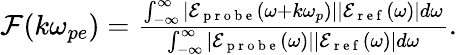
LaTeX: \begin{array}{r}{\mathcal{F}(k\omega_{pe})=\frac{\int_{-\infty}^{\infty}|\mathcal{E}_{\mathrm{~p~r~o~b~e~}}(\omega+k\omega_{p})||\mathcal{E}_{\mathrm{~r~e~f~}}(\omega)|d\omega}{\int_{-\infty}^{\infty}|\mathcal{E}_{\mathrm{~p~r~o~b~e~}}(\omega)||\mathcal{E}_{\mathrm{~r~e~f~}}(\omega)|d\omega}.}\end{array}